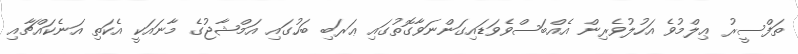
ތަފްސީރު ޢިލްމުވެ އަހުލުވެރިން އެއްބަސްވެވަޑައިގަންނަވާގޮތުގައި ޢަރަބި ބަހުގައި އަމްޝާޖުގެ މާނައަކީ އެކަތި އަނެކައްޗާއި